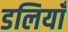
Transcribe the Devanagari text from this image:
डलियाँ